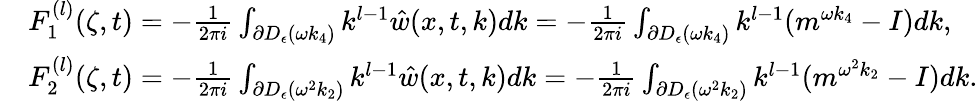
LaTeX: \begin{array}{rl}&{F_{1}^{(l)}(\zeta,t)=-\frac{1}{2\pi i}\int_{\partial D_{\epsilon}(\omega k_{4})}k^{l-1}\hat{w}(x,t,k)dk=-\frac{1}{2\pi i}\int_{\partial D_{\epsilon}(\omega k_{4})}k^{l-1}(m^{\omega k_{4}}-I)dk,}\\ &{F_{2}^{(l)}(\zeta,t)=-\frac{1}{2\pi i}\int_{\partial D_{\epsilon}(\omega^{2}k_{2})}k^{l-1}\hat{w}(x,t,k)dk=-\frac{1}{2\pi i}\int_{\partial D_{\epsilon}(\omega^{2}k_{2})}k^{l-1}(m^{\omega^{2}k_{2}}-I)dk.}\end{array}